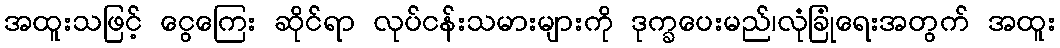
အထူးသဖြင့် ငွေကြေး ဆိုင်ရာ လုပ်ငန်းသမားများကို ဒုက္ခပေးမည်၊လုံခြုံရေးအတွက် အထူး